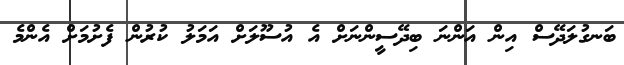
ބަނގުލަދޭސް އިން އަންނަ ބިދޭސީންނަށް އެ އުސޫލަށް އަމަލު ކުރުން ފެށުމަށް އެންމެ